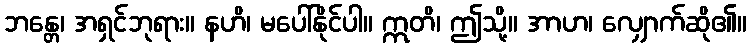
ဘန္တေ၊ အရှင်ဘုရား။ နဟိ၊ မပေါ်နိုင်ပါ။ ဣတိ၊ ဤသို့။ အာဟ၊ လျှောက်ဆို၏။